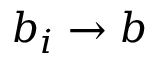
b _ { i } \to b